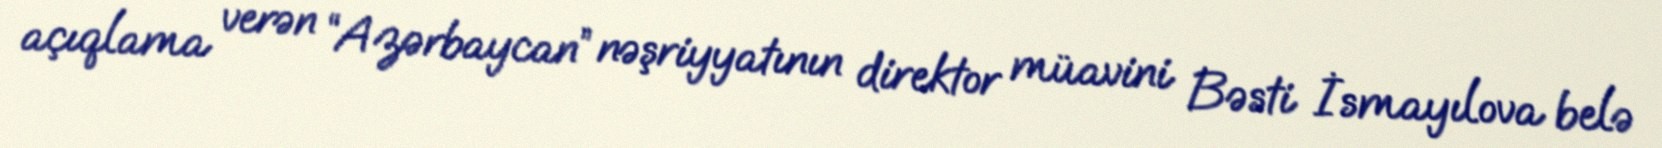
açıqlama verən “Azərbaycan” nəşriyyatının direktor müavini Bəsti İsmayılova belə